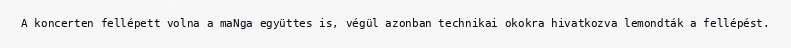
A koncerten fellépett volna a maNga együttes is, végül azonban technikai okokra hivatkozva lemondták a fellépést.